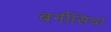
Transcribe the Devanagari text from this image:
बर्नीसिया